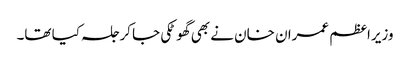
وزیراعظم عمران خان نے بھی گھوٹکی جا کر جلسہ کیا تھا۔